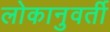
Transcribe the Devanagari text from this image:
लोकानुवर्ती